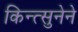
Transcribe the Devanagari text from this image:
किन्त्सुनेने